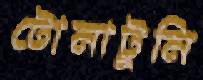
টোনাটুনি